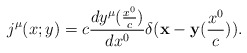
\begin{align*}j^{\mu }(x;y) = c\frac{dy^{\mu }(\frac{x^{0}}{c})}{dx^{0}}\delta ({\bf x} - {\bf y}(\frac{x^{0}}{c})).\end{align*}